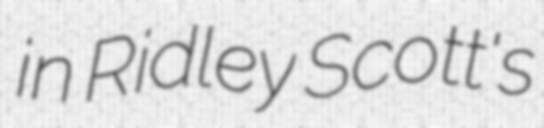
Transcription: in Ridley Scott's